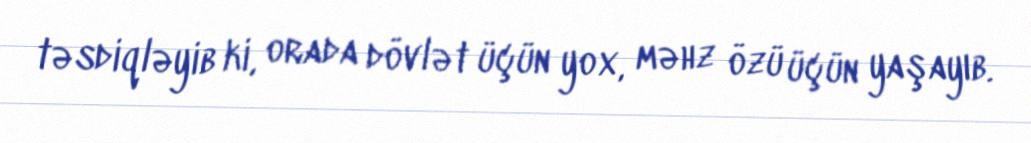
təsdiqləyib ki, orada dövlət üçün yox, məhz özü üçün yaşayıb.